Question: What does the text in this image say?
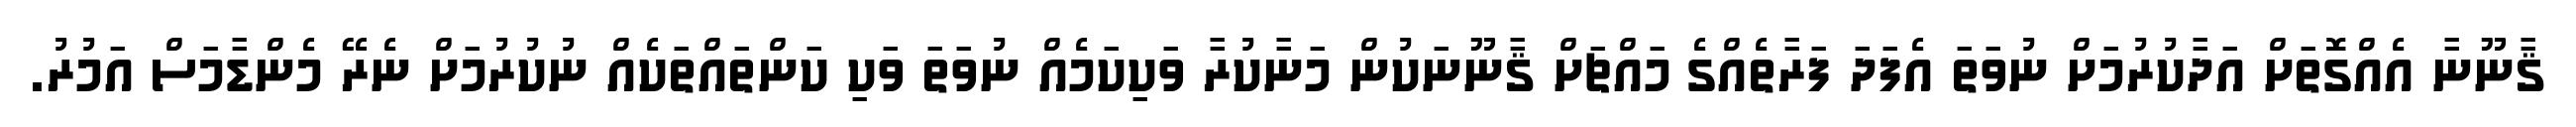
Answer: ޤާނޫނާ އެއްގޮތަށް އަދާކުރުމަށް ނުވަތަ އެފަދަ ފަރާތެއްގެ މައްޗަށް ޤާނޫނަކުން މަނާކުރާ ވަކިކަމެއް ނުވަތަ ވަކި ކަންތައްތަކެއް ނުކުރުމަށް ނެރޭ މެންޑާމަސް އަމުރު.